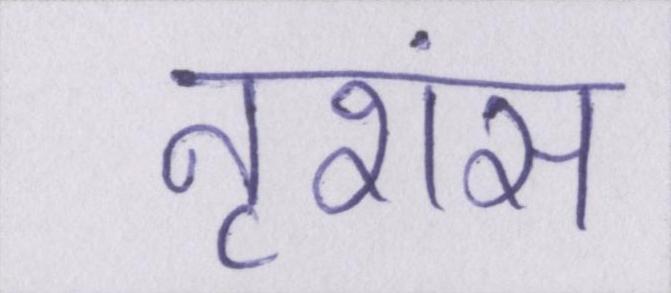
नृशंस